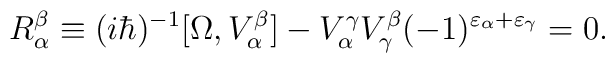
R_{\alpha}^{\beta}\equiv(i\hbar)^{-1}[\Omega,V_{\alpha}^{\beta}]-V_{\alpha}^{\gamma}V_{\gamma}^\beta(-1)^{\varepsilon_{\alpha}+\varepsilon_{\gamma}}=0.